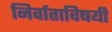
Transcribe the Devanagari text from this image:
निर्वाताविषयी